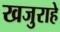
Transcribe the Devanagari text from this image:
खजुराहे